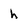
Character: h